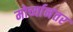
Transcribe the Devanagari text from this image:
मोर्च्यानंतर